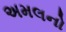
અમલનો